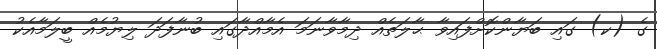
ގެ (ކ) ގައި ބަޔާންކޮށްފައިވާ ޙާލަތެއް ދިމާވާނަމަ އެމާއްދާގައި ބުނާފަދަ ލިޔުމެއް ބީލަމާއެކު